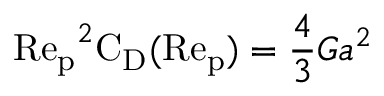
\mathrm { R e _ { p } } ^ { 2 } \mathrm { C _ { D } } ( \mathrm { R e _ { p } } ) = \frac { 4 } { 3 } G a ^ { 2 }